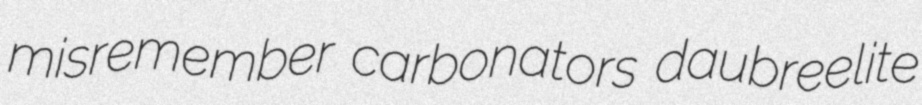
misremember carbonators daubreelite